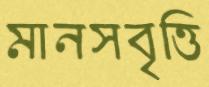
মানসবৃত্তি